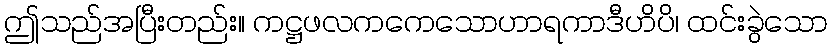
ဤသည်အပြီးတည်း။ ကဋ္ဌဖလကကေသောဟာရကာဒီဟိပိ၊ ထင်းခွဲသော